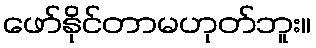
ဖော်နိုင်တာမဟုတ်ဘူး။